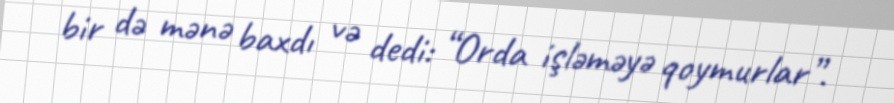
bir də mənə baxdı və dedi: “Orda işləməyə qoymurlar”.